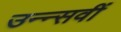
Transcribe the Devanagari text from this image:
उन्न्सवीं